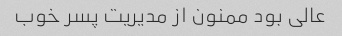
عالی بود ممنون از مدیریت پسر خوب